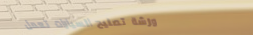
ورشة تصليح السيارات تعمل